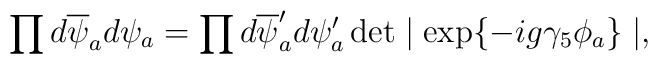
\prod d\overline{\psi}_a d\psi_a = \prod  d\overline{\psi}_a'd\psi_a'\det\mid\exp\{-ig\gamma_5\phi_a\}\mid,